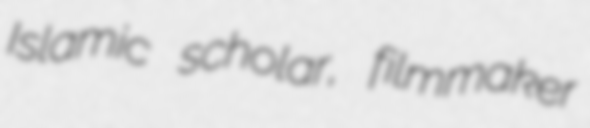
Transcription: Islamic scholar, filmmaker